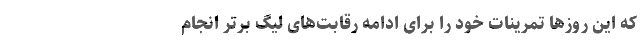
که این روز‌ها تمرینات خود را برای ادامه رقابت‌های لیگ برتر انجام